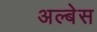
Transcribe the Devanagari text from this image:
अल्बेस